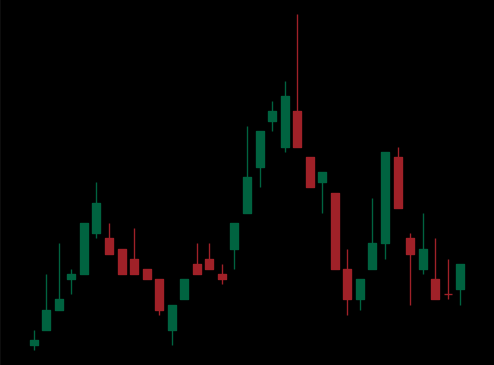
Pattern: head_shoulders